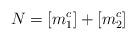
LaTeX: \begin{align*}N=\left[m_{1}^{c}\right]+\left[m_{2}^{c}\right]\end{align*}